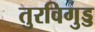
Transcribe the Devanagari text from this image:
तुरविगुड्ड